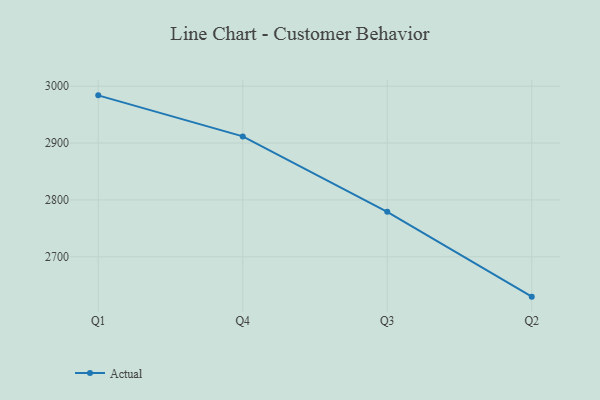
{"axis": {"x": "Quarter", "y": "Shipments"}, "legend": ["Actual"], "data": [{"x": "Q1", "y": 2983.9, "type": "Actual"}, {"x": "Q4", "y": 2911.7, "type": "Actual"}, {"x": "Q3", "y": 2779.1, "type": "Actual"}, {"x": "Q2", "y": 2629.9, "type": "Actual"}]}